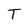
Character: T